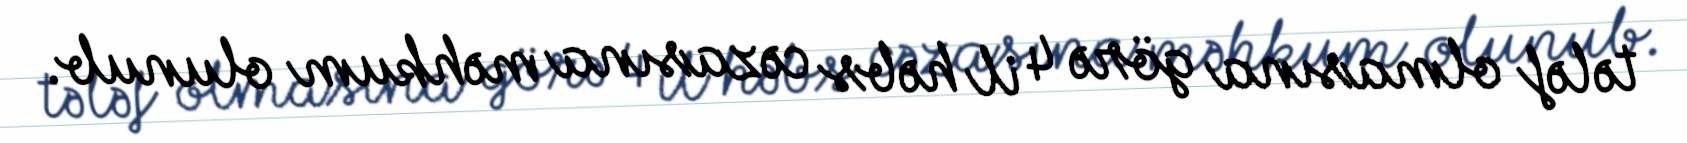
tələf olmasına görə 4 il həbs cəzasına məhkum olunub.